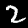
Digit: 2